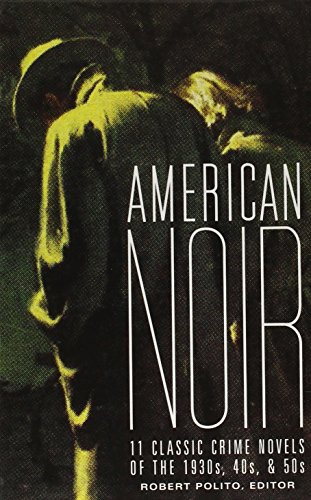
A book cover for American Noir (Library of America); Robert Polito; Mystery, Thriller & Suspense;